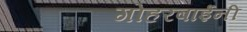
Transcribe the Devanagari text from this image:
गोहरबाईंनी